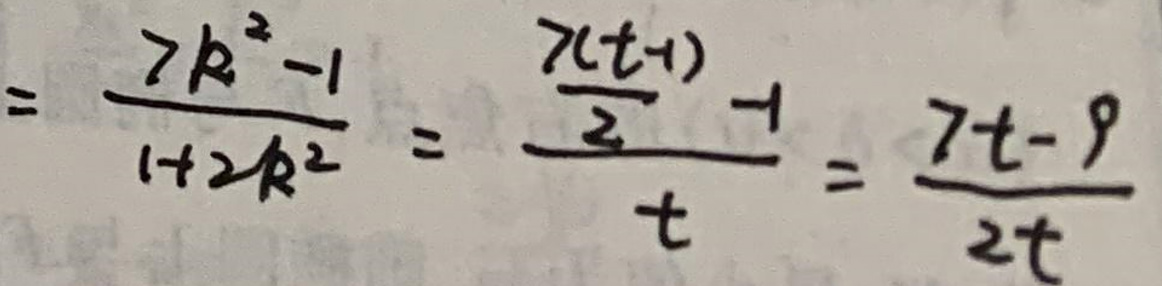
\[
\frac{7R^2 - 1}{1 + 2R^2} = \frac{\frac{7(t + 1)}{2} - 1}{t} = \frac{7t - 9}{2t}
\]